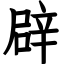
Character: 辟